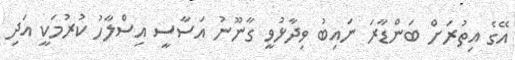
އޭގެ އިތުރަށް ބަންޑާރަ ނައިބު ވިދާޅުވީ ގާނޫނު އަސާސީ އިސްލާހު ކުރުމަކީ އަދި